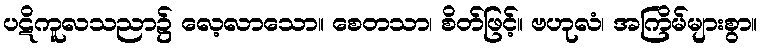
ပဋိကူလသညာ၌ လေ့လာသော။ စေတသာ၊ စိတ်ဖြင့်။ ဗဟုလံ၊ အကြိမ်များစွာ။